Statistics compiled by the Government of India from the reports of provincial Civil Veterinary Departments
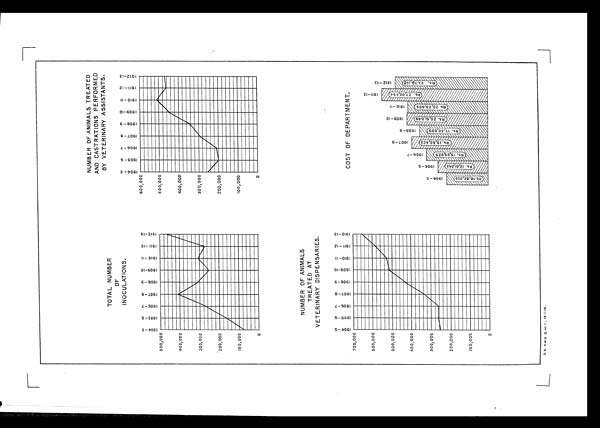
TOTAL NUMBER
OF
INOCULATIONS.
NUMBER OF ANIMALS TREATED
AND CASTRATIONS PERFORMED
BY VETERINARY ASSISTANTS.
NUMBER OF ANIMALS
TREATED AT
VETERINARY DISPENSARIES.
COST OF DEPARTMENT.
D.B. P.W.D. G. OF 1., 16-1-14.